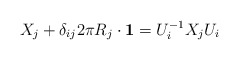
\begin{align*}X_{j} + \delta_{ij}2\pi R_{j}\cdot {\bf 1} = U_{i}^{-1}X_{j}U_{i}\end{align*}